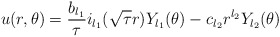
\begin{align*}u(r,\theta)=\frac{b_{l_1}}{\tau}i_{l_1}(\sqrt{\tau}r)Y_{l_1}(\theta)-c_{l_2}r^{l_2}Y_{l_2}(\theta)\end{align*}